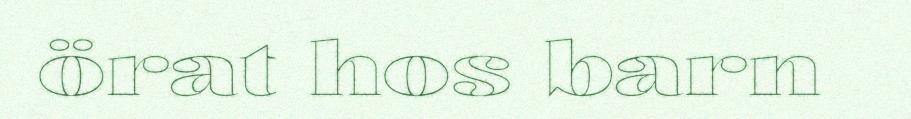
örat hos barn